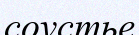
соустье